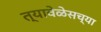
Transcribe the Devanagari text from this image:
त्यावेळेसच्या